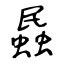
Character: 蟁